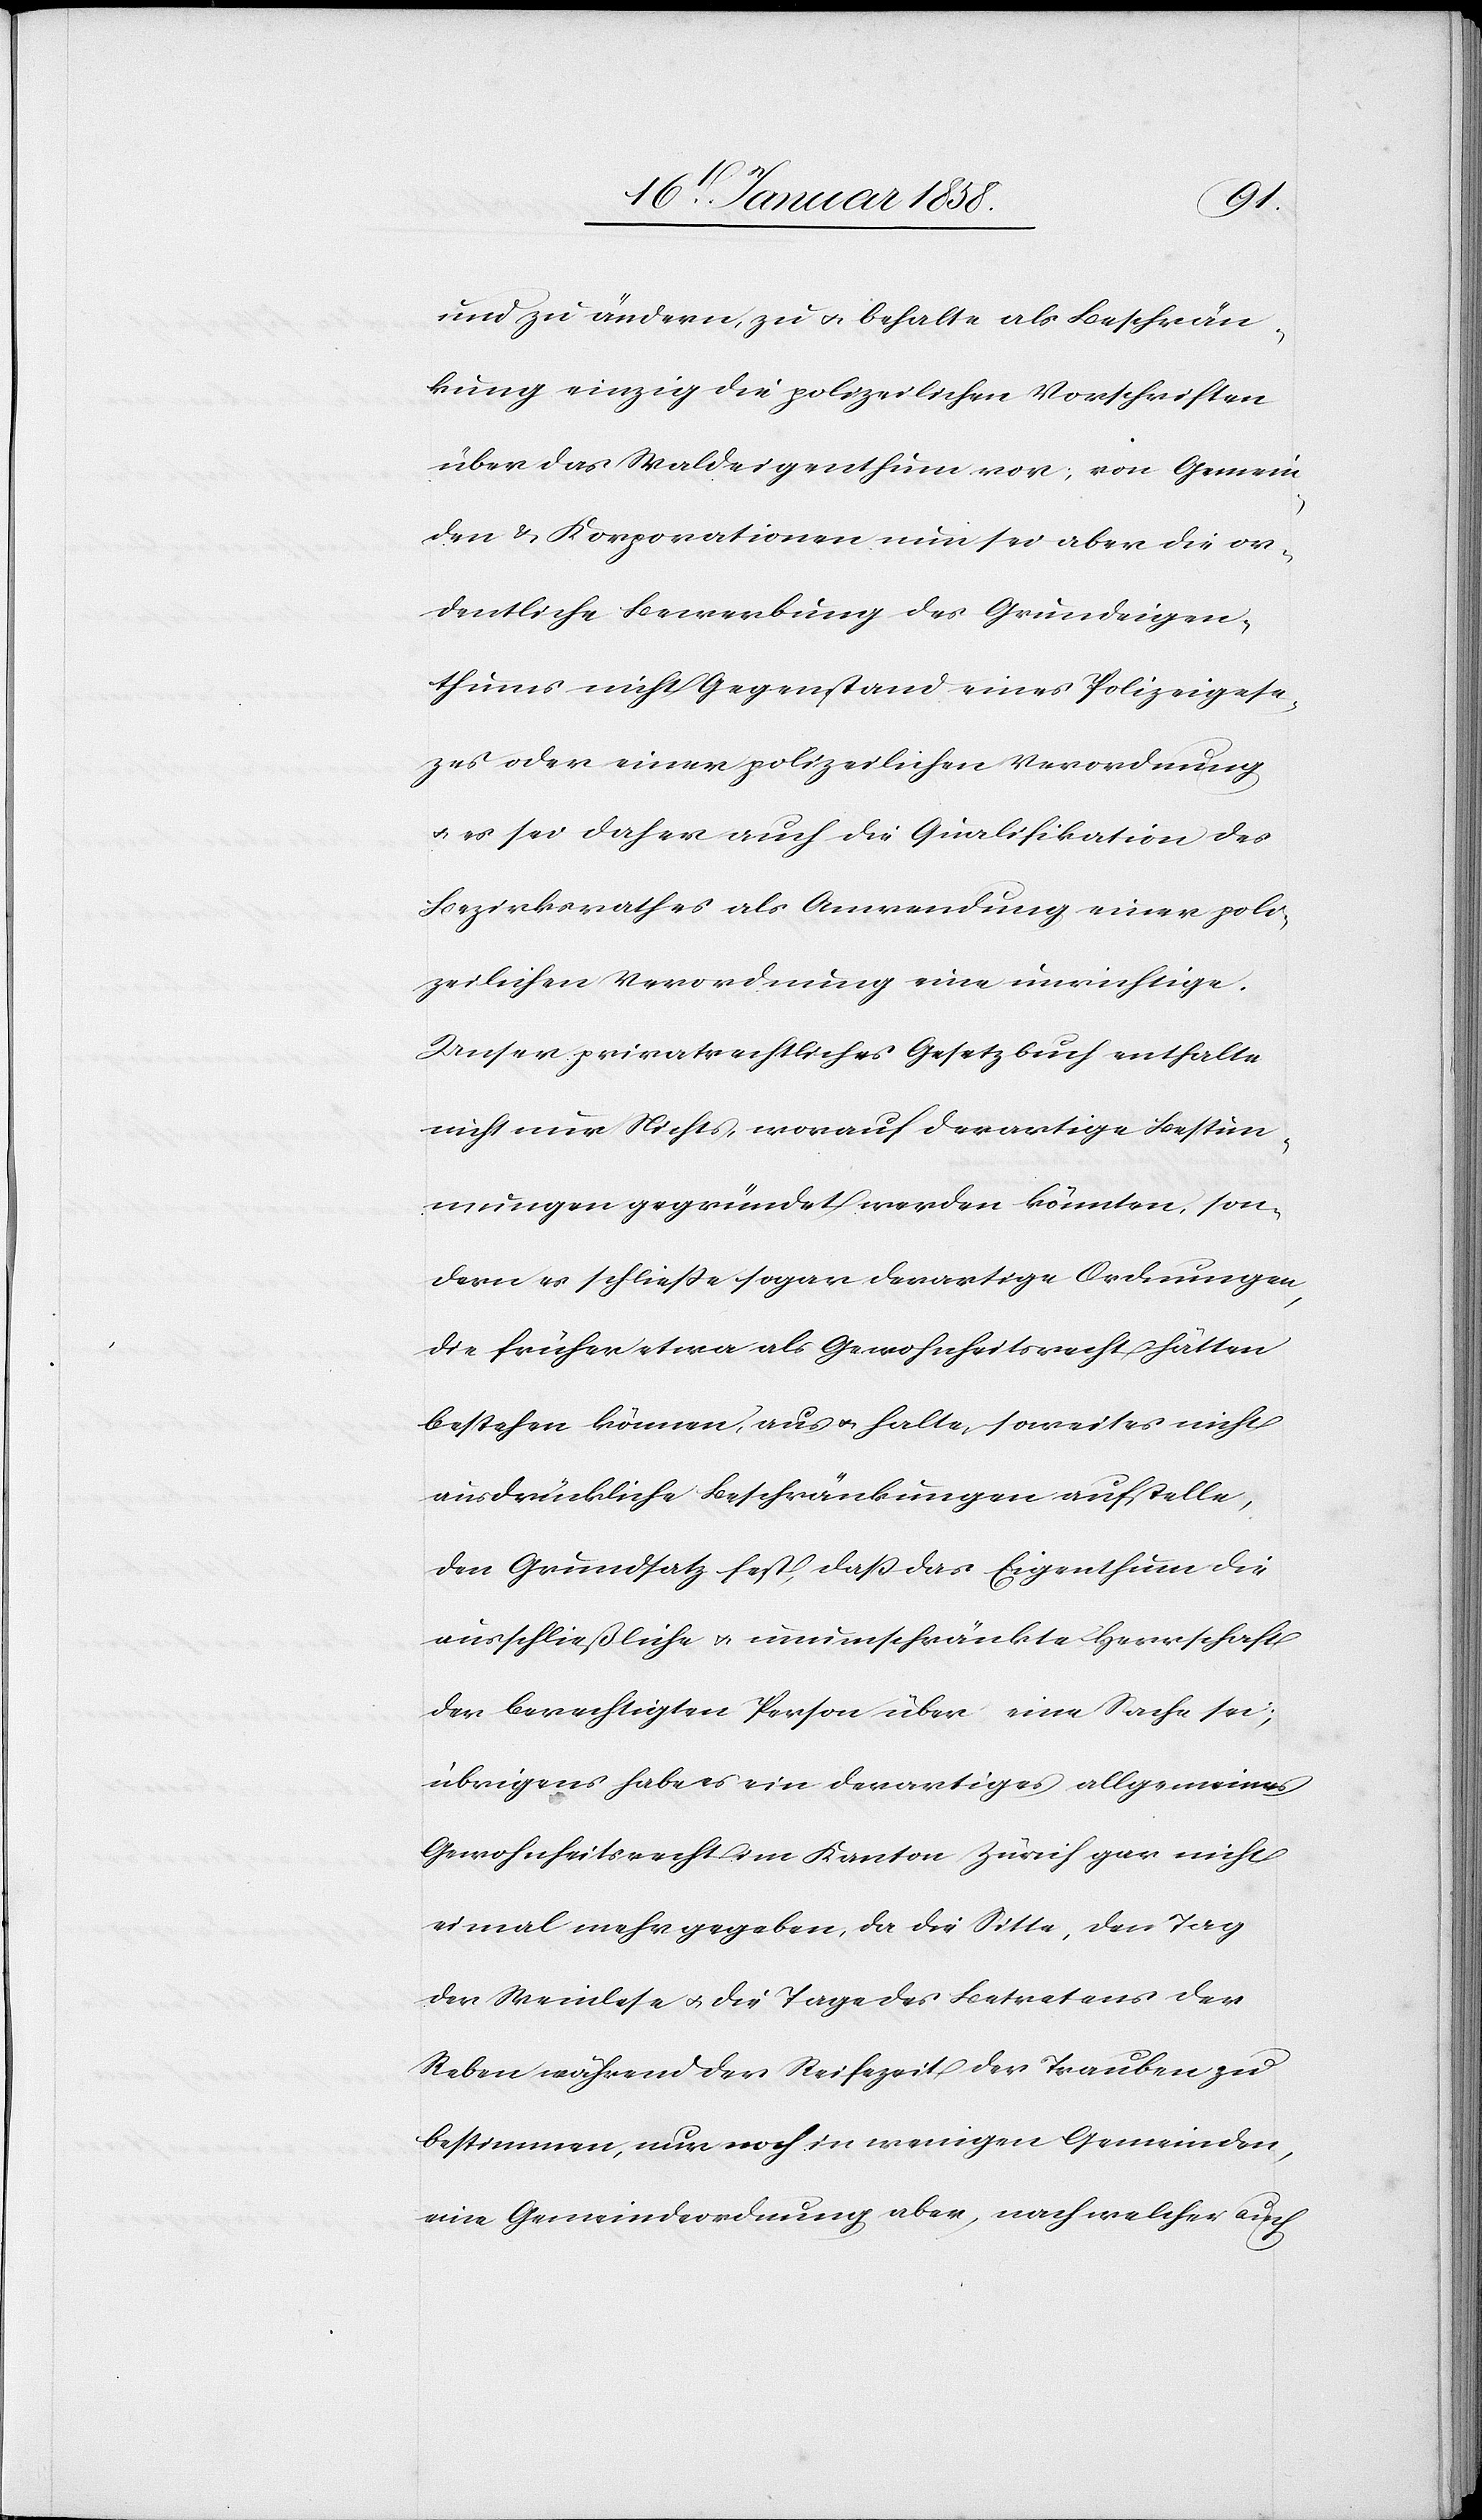
und zu ändern, zu u. behalte als Beschrän¬
kung einzig die polizeilichen Vorschriften
über das Waldeigenthum vor; von Gemein¬
den u. Korporationen nun sei aber die or¬
dentliche Bewerbung des Grundeigen¬
thums nicht Gegenstand eines Polizeigese¬
zes oder einer polizeilichen Verordnung
u. es sei daher auch die Qualifikation des
Bezirksrathes als Anwendung einer poli¬
zeilichen Verordnung eine unrichtige.
Unser privatrechtliches Gesetzbuch enthalte
nicht nur Nichts, worauf derartige Bestim¬
mungen gegründet werden könnten, son¬
dern es schließe sogar derartige Ordnungen,
die früher etwa als Gewohnheitsrecht hätten
bestehen können, aus u. halte, soweit es nicht
ausdrückliche Beschränkungen aufstelle,
den Grundsatz fest, daß das Eigenthum die
ausschließliche u. unumschränkte Herrschaft
der berechtigten Person über eine Sache sei;
übrigens habe es ein derartiges allgemeines
Gewohnheitsrecht im Kanton Zürich gar nicht
ei[n]mal mehr gegeben, da die Sitte, den Tag
der Weinlese u. die Tage des Betretens der
Reben während der Reifezeit der Trauben zu
bestimmen, nur noch in wenigen Gemeinden,
eine Gemeindeordnung aber, nach welcher auch